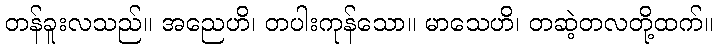
တန်ခူးလသည်။ အညေဟိ၊ တပါးကုန်သော။ မာသေဟိ၊ တဆဲ့တလတို့ထက်။